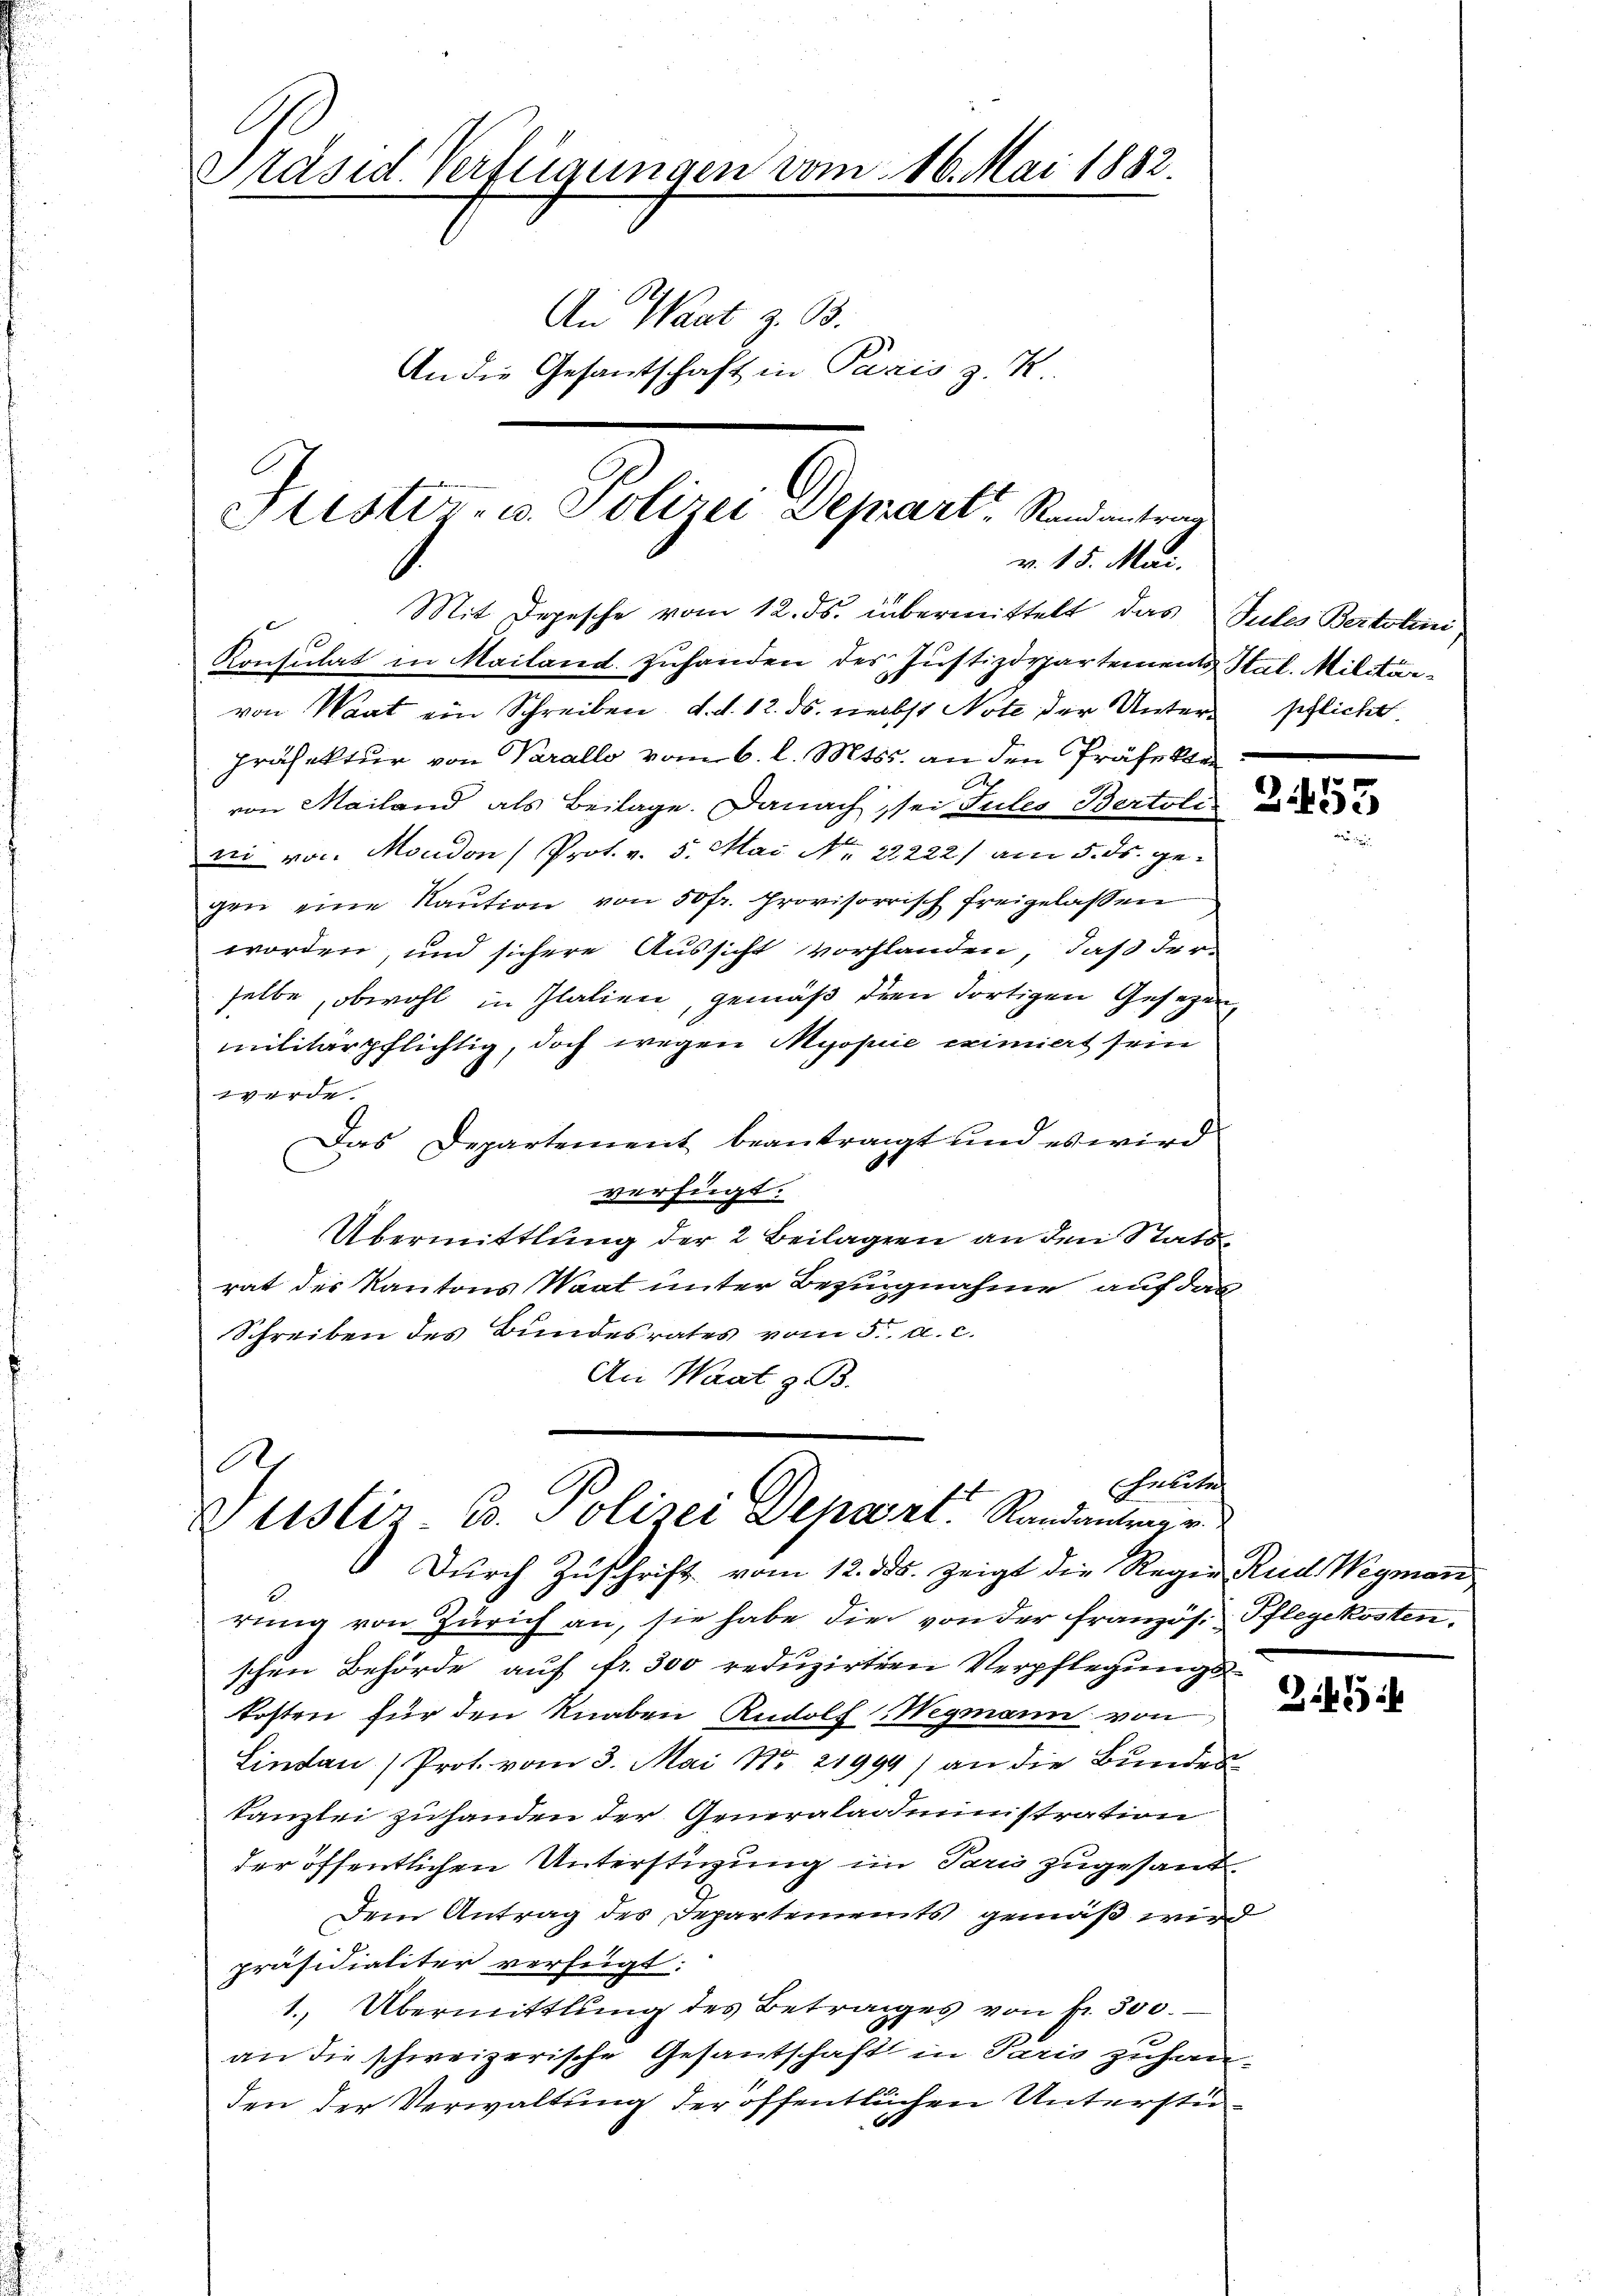
Präsid. Verfügungen vom 16. Mai 1882.
An Waat z. B.
An die Gesantschaft in Paris z. R.

Stistiz- u. Polizei Depart, Randantrag
v. 15. Mai.
Mit Depesche vom 12. ds. übermittelt das Jules Bertolini

Konsulat in Mailand zuhanden des Justizdepartements Stal. Militärvon Waat ein Schreiben, d. d. 12. ds. nebst Note der Unter schlicht
Präfektur von Parallo vom 6. l. Mtss. an den Präfekte
von Mailand als Beilage. Danach sei Tules Bertole
ni von Moudon (Prot. v. 5. Mai Nr. 22222) am 5. ds. gegen eine Kaution von 50 fr. provisorisch freigelassen
worden, und sichere Aussicht vorflanden, daß der
selbe, obwohl in Italien, gemäß dien dortigen Gesezung
militärpflichtig, doch wegen Myopie eximiert sein
 suspen
Das Departement beantragt und es wird
verfügt:
Übermittlung der 2 Beilagen an den Stats
2
rat des Kantons Waat unter Bezingnahme auf das
Schreiben des Bundesrates vom 5. a. c.
An Waat z. B.
.
heute
Zustiz- B. Polizei Depart Randantrage
Durch Zuschrift vom 12. ds. zeigt die Reger Rud. Wegman
rŭng von Zürich an, sie habe die von der französ. Pflegekosten.
schen Behörde auf fr. 300 reduzirten Verpflegungs-
kosten für den Knaben Rudolf Wegmann von
Lindau (Prot. vom 3. Mai Nr. 21994) an die Bŭndes-
Kanzlei zuhanden der Generaladiministration
der öffentlichen Unterstigung im Pari zugesand¬
Dem Antrag des Departements gemäß wird
präsidialiter verfügt:
1. Übermittlung des Betrages von fr. 300.
an die schweizerische Gesantschaft in Paris zuhanden der Verwaltung der öffentlichen Unterstü¬

3455

25